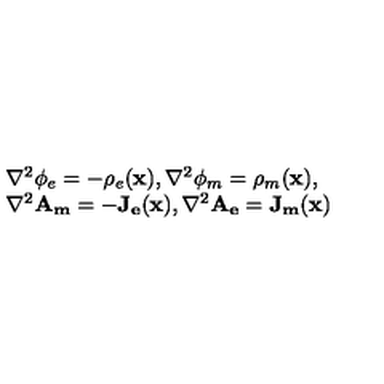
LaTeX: \begin{array} { l } { \nabla ^ { 2 } \phi _ { e } = - \rho _ { e } ( \mathbf { x } ) , \nabla ^ { 2 } \phi _ { m } = \rho _ { m } ( \mathbf { x } ) , } \\ { \nabla ^ { 2 } \mathbf { A _ { m } } = - \mathbf { J _ { e } } ( \mathbf { x } ) , \nabla ^ { 2 } \mathbf { A _ { e } } = \mathbf { J _ { m } } ( \mathbf { x } ) } \\ \end{array}